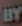
EY